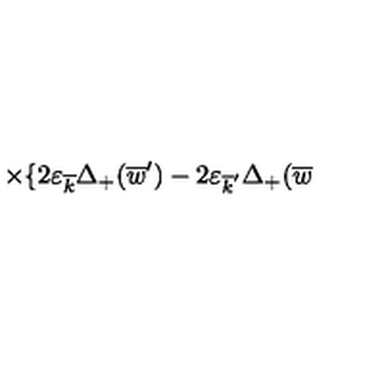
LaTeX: \times \{ 2 \varepsilon _ { \overline { { k } } } \Delta _ { + } ( \overline { { w } } ^ { \prime } ) - 2 \varepsilon _ { \overline { { k } } ^ { \prime } } \Delta _ { + } ( \overline { { w } }